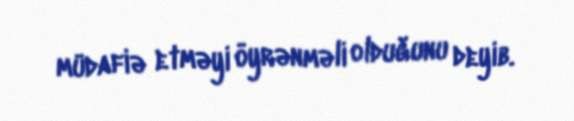
müdafiə etməyi öyrənməli olduğunu deyib.